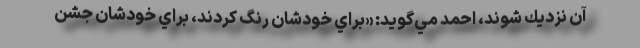
آن نزديك شوند، احمد مي‌گويد: «براي خودشان رنگ كردند، براي خودشان جشن